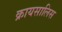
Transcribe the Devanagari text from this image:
क्रायसालिस